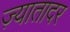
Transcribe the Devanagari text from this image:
ज़्यातादर